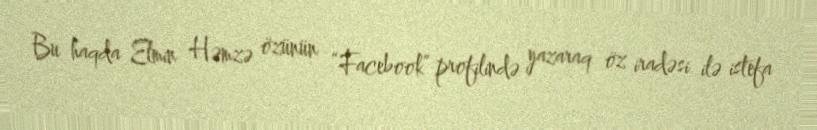
Bu haqda Elmin Həmzə özünün “Facebook” profilində yazaraq öz iradəsi ilə istefa